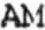
AM